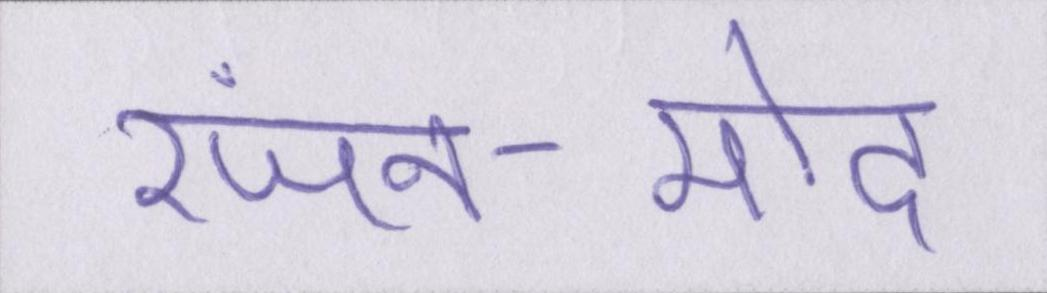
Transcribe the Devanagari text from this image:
रंजन-मोद